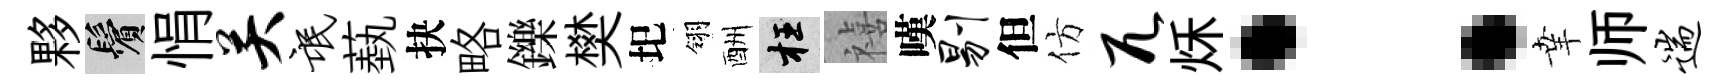
夥鬢悁关氓蓺抉略鑠樊圯翎酬枉禧嘆剔但仿兀秌：𦍒师遄